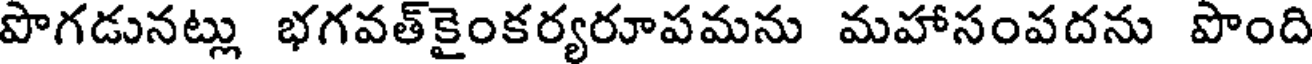
పొగడునట్లు భగవత్కైంకర్యరూపమను మహాసంపదను పొంది